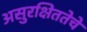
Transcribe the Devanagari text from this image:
असुरक्षिततेचे